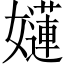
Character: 𡣻